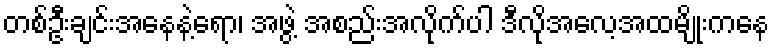
တစ်ဦးချင်းအနေနဲ့ရော၊ အဖွဲ့ အစည်းအလိုက်ပါ ဒီလိုအလေ့အထမျိုးကနေ